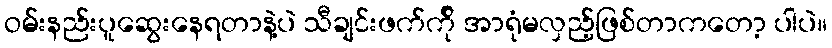
ဝမ်းနည်းပူဆွေးနေရတာနဲ့ပဲ သီချင်းဖက်က်ို အာရုံမလှည့်ဖြစ်တာကတော့ ပါပဲ။